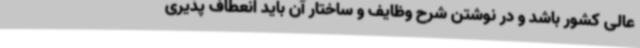
عالی کشور باشد و در نوشتن شرح وظایف و ساختار آن باید انعطاف پذیری